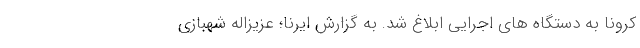
کرونا به دستگاه های اجرایی ابلاغ شد. به گزارش ایرنا؛ عزیزاله شهبازی